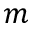
m